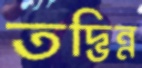
তদ্ভিন্ন